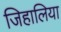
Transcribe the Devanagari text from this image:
जिहालिया